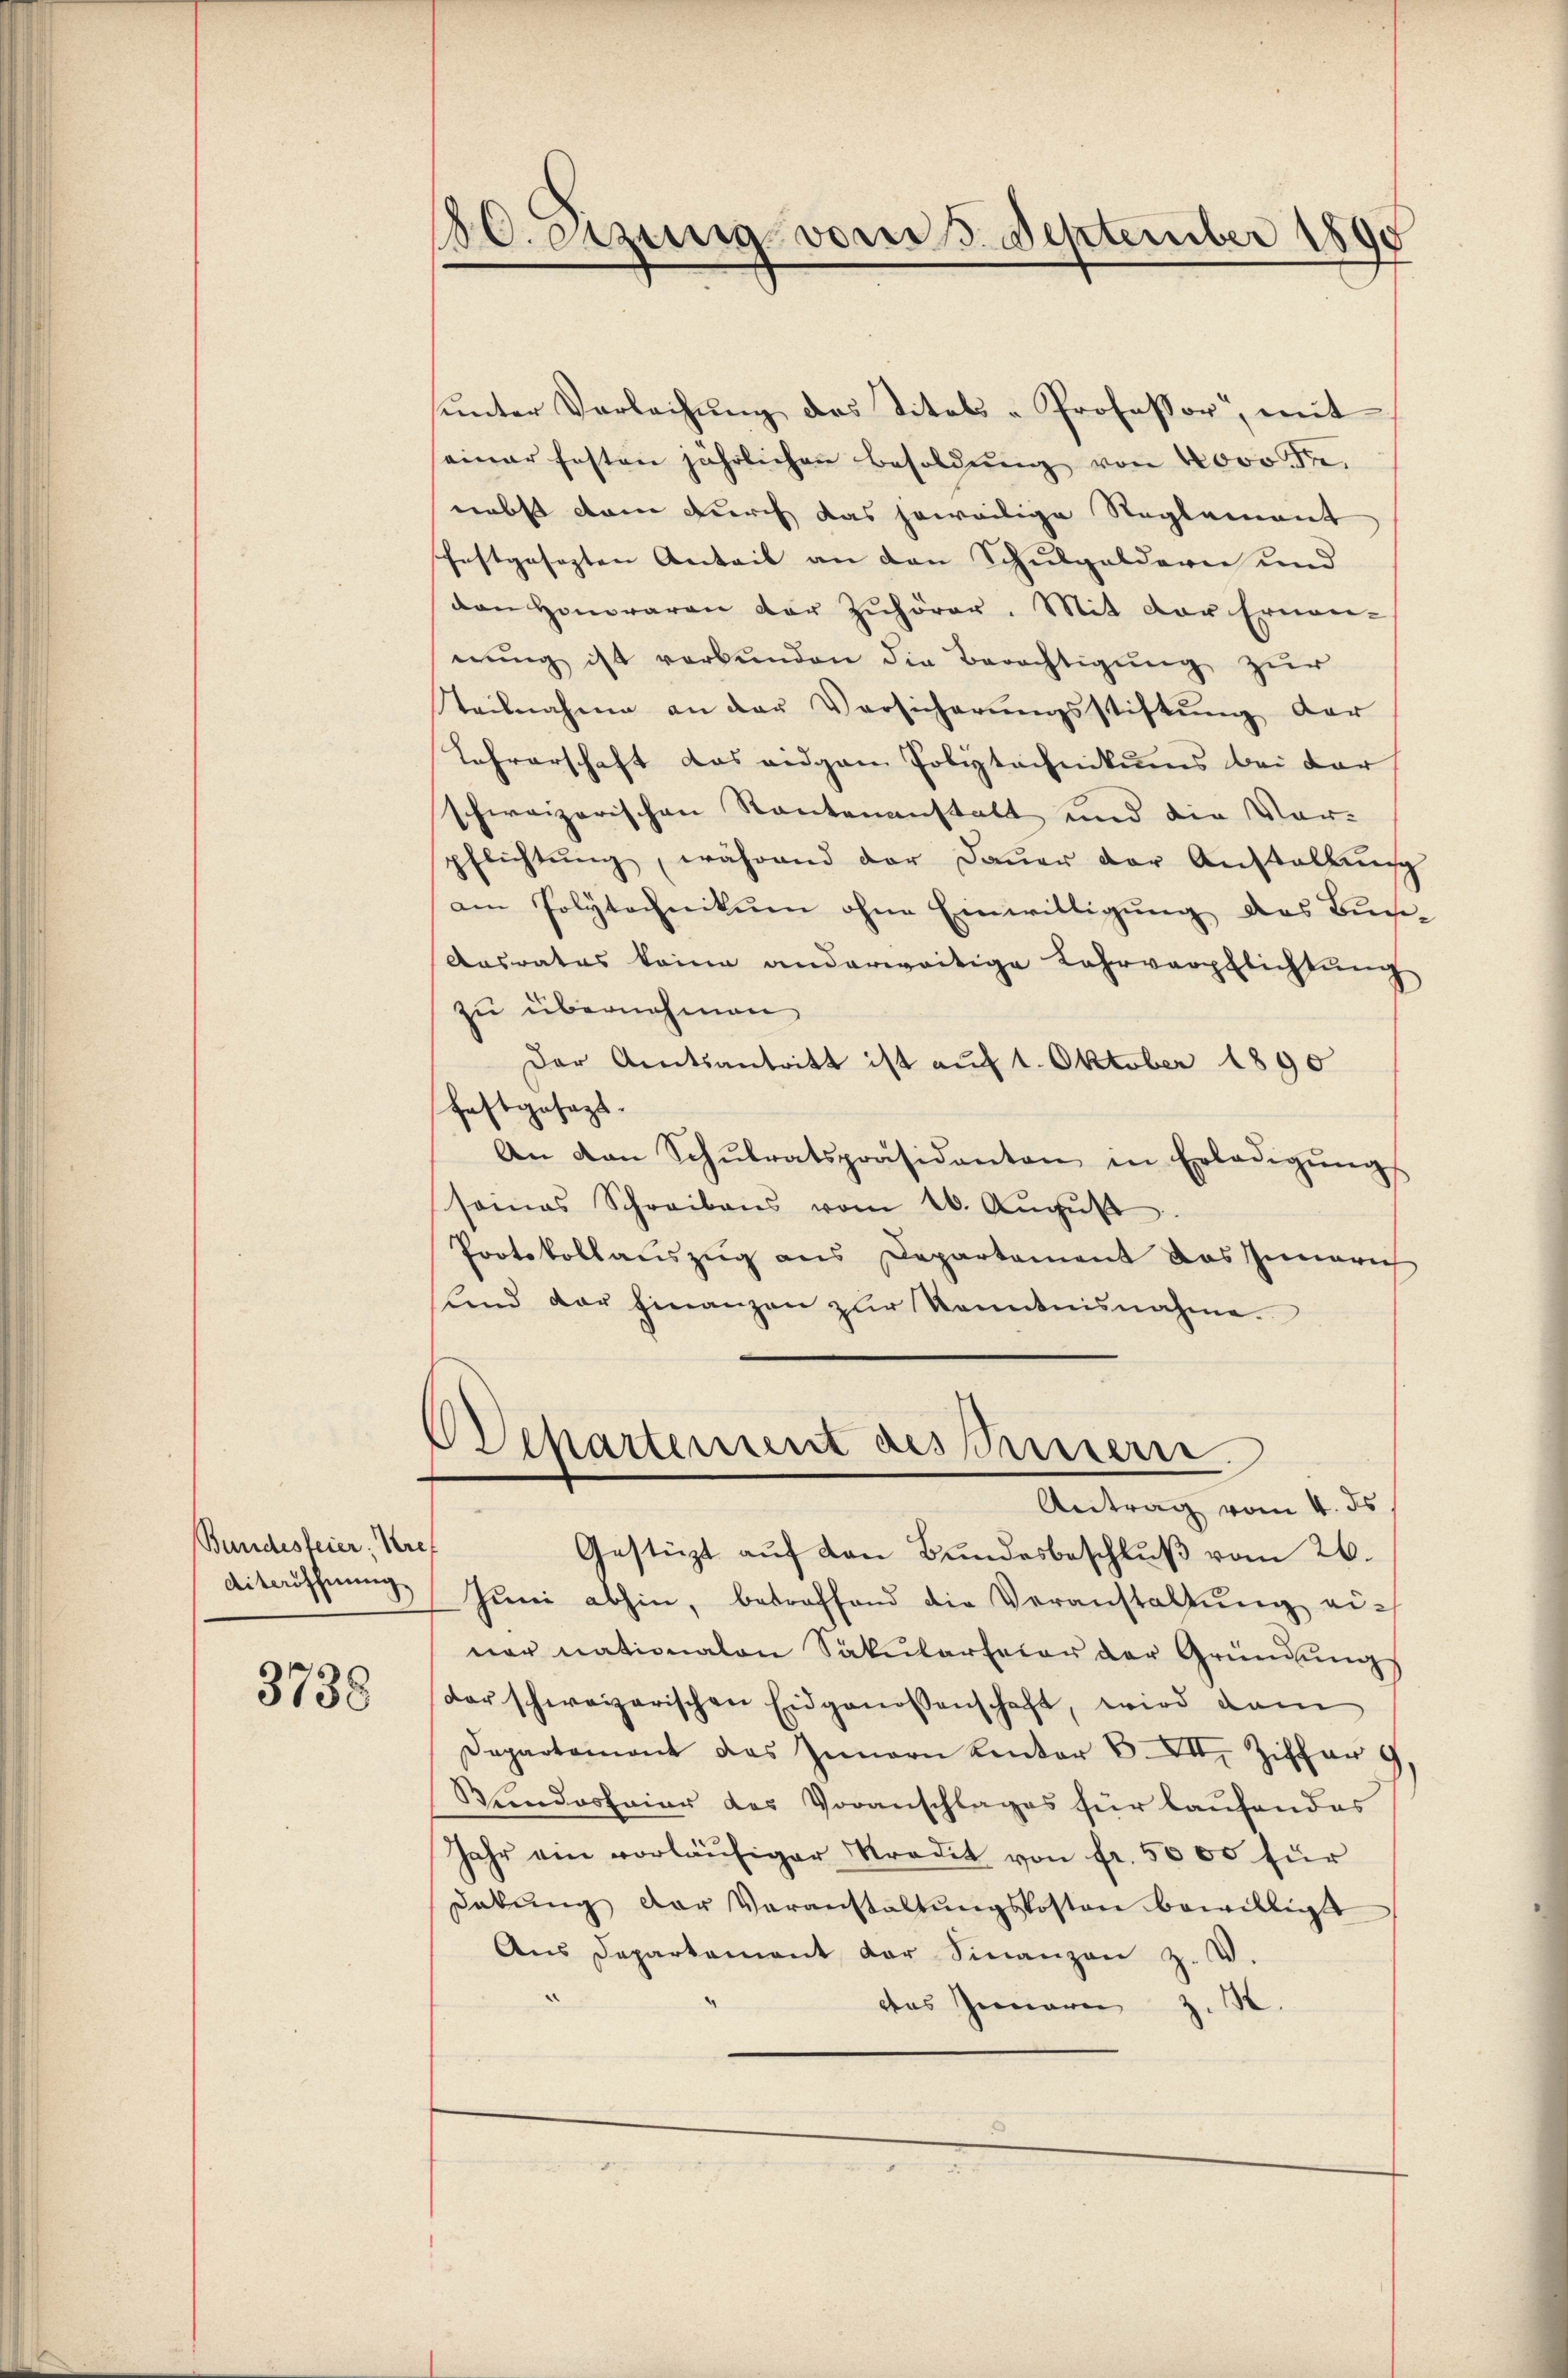
Bundesfeier, Kref
Aiteröffnung

3738

180. erzung vom 5. September 1890

Departement des Innern
Antrag vom 4. ds
Gestüzt auf von Bundesbeschluß vom 26.

unter Verleihung des Titels-Professor, mit
einer festen jährlichen Besoldŭng von 4000 Fr.
nebst dem durch das jeweilige Reglement
festgesezten Anteil an den Schulgeldern und
den Honoraren der Zuhörer. Mit der Ernen-
erŭng ist verbunden die Berechtigung zur
Teilnahme an der Versicherungsstiftung der
Lehrerschaft das eidgen Poliztechnikums bei der
schweizerischen Rautenanstalt und die Vor-
pflichtŭng, während der Daŭer der Anstallŭng
am Polytechnikum ohne Einwilligŭng des Buch-
Ansrates keine anderweitige Lehrverpflichtung
zu übernehmen.
Der Amtsantritt ist auf 1. Oktober 1890
haftgesezt.
An den Schŭlratspräsidanten in Erledigŭngs
somas Schreibens vom 26. Aŭgŭst
Protokollauszug aus Departement das Innerich
und der hinanzen zŭr Kenntnisnahme.

Juni abhin, betroffend die Veranstaltung einer nationalen Säkularfeier der Gründŭng
der schweizerischen Eidgenossenschaft, wird dan
Departement das Innern Lentar S. XVII. Ziffer 9
Rundosfaier des Voranschlages für laufendes
Jahr ein vorläŭfiger Stradit von fr. 5000 für
dabŭng der Voranstaltŭngskosten bewilligt
Ans Departament der Sinanzen z. V.
das Innern z. B.